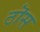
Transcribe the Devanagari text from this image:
ठॊस